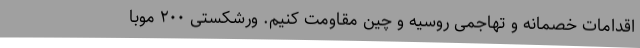
اقدامات خصمانه و تهاجمی روسیه و چین مقاومت کنیم. ورشکستی ۲۰۰ موبا